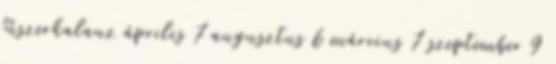
fűszerkalauz április 7 augusztus 6 március 7 szeptember 9